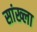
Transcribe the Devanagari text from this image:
सांख्ला